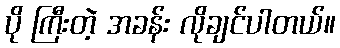
ပို ကြီးတဲ့ အခန်း လိုချင်ပါတယ်။